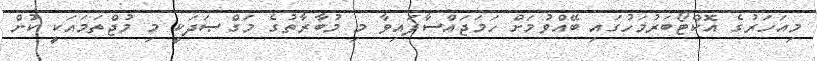
މިއަހަރުގެ އޮކްޓޯބަރުމަހުގައި ބޭއްވުމަށް ހަމަޖައްސާފައިވާ މި މުބާރާތުގެ މަގްޞަދަކީ މި މުޖްތަމައަކީ ކުށް